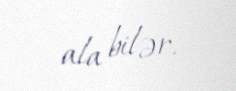
ala bilər.